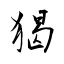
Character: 猲